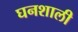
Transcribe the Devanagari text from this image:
घनशाली